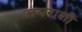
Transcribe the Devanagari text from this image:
जयराशी